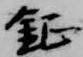
鉦